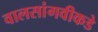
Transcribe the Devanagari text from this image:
वालसांगवीकडे